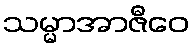
သမ္မာအာဇီဝေ